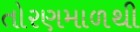
તોરણમાળથી